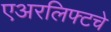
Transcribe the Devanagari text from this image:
एअरलिफ्टचे